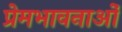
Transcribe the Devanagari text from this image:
प्रेमभावनाओं